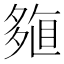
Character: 𡖽